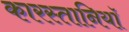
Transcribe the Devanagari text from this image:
कारस्तानियॉ